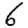
Digit: 6